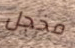
مخجل